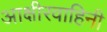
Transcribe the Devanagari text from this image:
आक्षीरवाहिनी